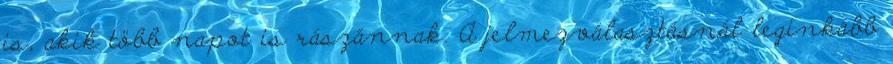
is, akik több napot is rászánnak. A jelmezválasztásnál leginkább